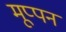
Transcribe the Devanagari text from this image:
मूप्पन